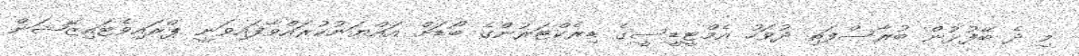
މި ދެ ބޭފުޅުން ބުރާސްފަތި ދުވަހު އެމްޓީޑީސީގެ ޑިރެކްޓަރުންގެ ބޯޑަށް އައްޔަނުކުރައްވާފައިވަނީ ޕްރައިވެޓައިޒޭޝަން